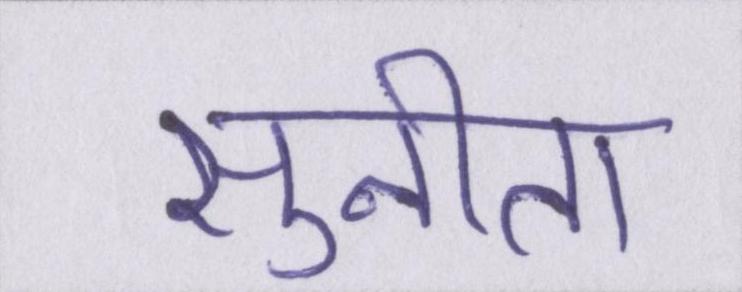
सुनीता